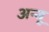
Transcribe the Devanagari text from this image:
अन्बू